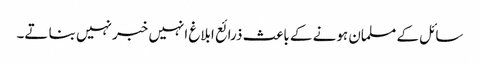
سائل کے مسلمان ہونے کے باعث ذرائع ابلاغ انہیں خبر نہیں بنا تے۔